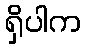
ရှိပါက